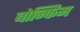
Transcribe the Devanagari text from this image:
बोन्फिम